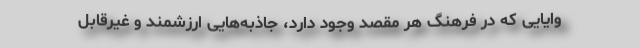
وایایی که در فرهنگ هر مقصد وجود دارد، جاذبه‌هایی ارزشمند و غیرقابلِ‌